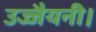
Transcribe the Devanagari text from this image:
उज्जैयनी।